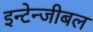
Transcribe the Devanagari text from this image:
इन्टेन्जीबल